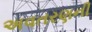
અવતરણની